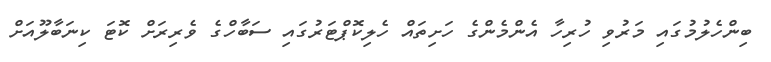
ބިންހެލުމުގައި މަރުވި ހުރިހާ އެންމެންގެ ހަށިތައް ހެލިކޮޕްޓަރުގައި ސަބާހްގެ ވެރިރަށް ކޮޓަ ކިނަބާލޫއަށް